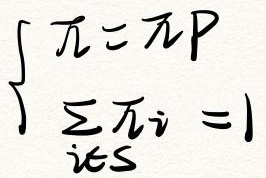
\[
\begin{cases}
\pi = \pi P \\
\sum_{i \in S} \pi_i = 1
\end{cases}
\]